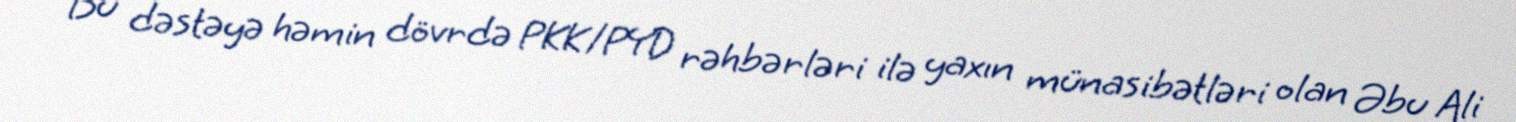
Bu dəstəyə həmin dövrdə PKK/PYD rəhbərləri ilə yaxın münasibətləri olan Əbu Ali